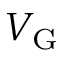
V _ { \mathrm { G } }